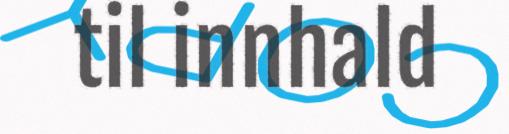
til innhald